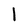
Character: l